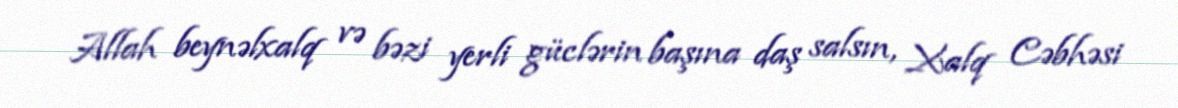
Allah beynəlxalq və bəzi yerli güclərin başına daş salsın, Xalq Cəbhəsi